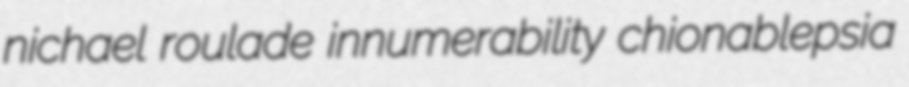
nichael roulade innumerability chionablepsia